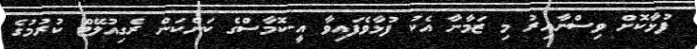
ފުޅާކޮށް ވިސްނާއިރު މި ޒަމާނާ އެކު ފުޅާވެފައިވާ އީ-ކޮމާސްގެ ކަންކަން ރެގިއުލޭޓް ކުރުމުގެ